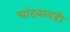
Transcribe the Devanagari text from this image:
चांदबावडी